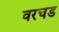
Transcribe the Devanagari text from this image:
वरचड